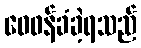
ဝေဖန်ခံခဲ့ရသည်